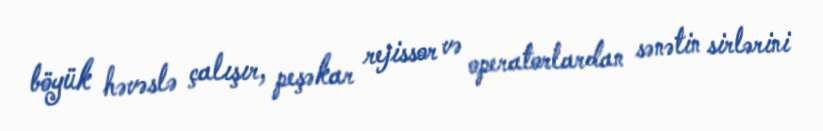
böyük həvəslə çalışır, peşəkar rejissor və operatorlardan sənətin sirlərini